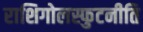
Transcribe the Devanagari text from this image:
राशिगोलस्फुटनीति